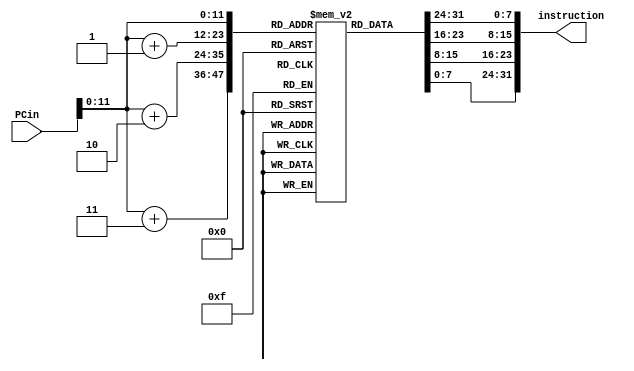
module INSTMemory(
	input [31:0] PCin,
	output reg [31:0] instruction
);
	//4k byte adressing
	reg [7:0] IMEM [0:4095];
	
	always @ (PCin) 
	begin
		instruction = {IMEM[PCin],IMEM[PCin+1],IMEM[PCin+2],IMEM[PCin+3]};			
	end
	
endmodule